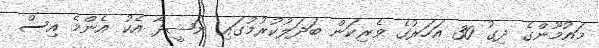
މައުމޫންގެ ދިގު 30 އަހަރުގެ ވެރިކަން ބަދަލުކުރުމުގައި ނަޝީދާ އެކު އެންމެ އިސް